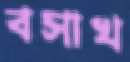
বসাখ